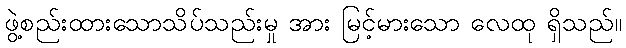
ဖွဲ့စည်းထားသောသိပ်သည်းမှု အား မြင့်မားသော လေထု ရှိသည်။